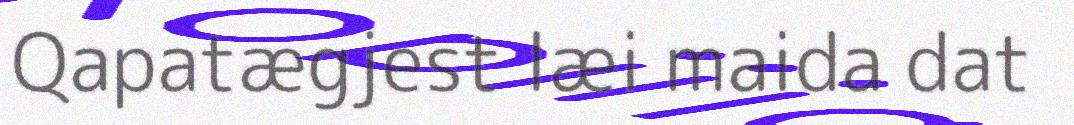
Qapatægjest læi maida dat